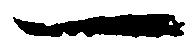
一